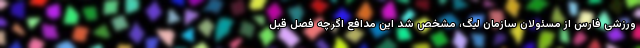
ورزشی فارس از مسئولان سازمان لیگ، مشخص شد این مدافع اگرچه فصل قبل